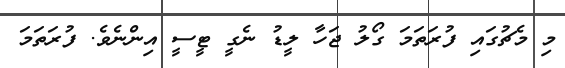
މި މެޗުގައި ފުރަތަމަ ގޯލު ޖަހާ ލީޑު ނެގީ ޓީސީ އިންނެވެ. ފުރަތަމަ